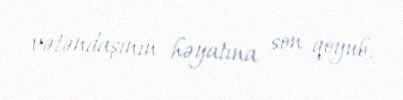
vətəndaşının həyatına son qoyub.